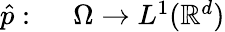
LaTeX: \begin{array}{rl}{\hat{p}:\ }&{{}\Omega\to L^{1}(\mathbb R^{d})}\end{array}